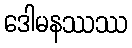
ဒေါမနဿဿ